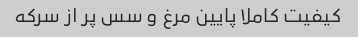
کیفیت کاملا پایین مرغ و سس پر از سرکه